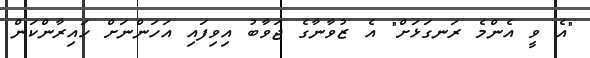
"އެ ވީ އެންމެ ރަނގަޅަށް" އެ ޒުވާނާގެ ޖަވާބު އިވިފައި އަހަންނަށް ހައިރާންކަން